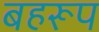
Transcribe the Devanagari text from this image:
बहरूप